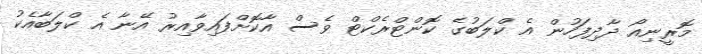
މޮރީނިއޯ ދާދިފަހުން އެ ކްލަބުގެ ކޮންޓްރެކްޓް ވެސް އާކޮށްފައިވާއިރު އޭނާ އެ ކްލަބާއެކު